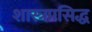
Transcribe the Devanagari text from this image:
शास्त्रप्रसिद्ध